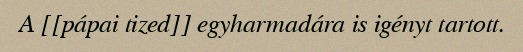
A [[pápai tized]] egyharmadára is igényt tartott.